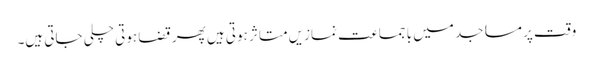
وقت پر مساجد میں با جماعت نمازیں متاثر ہوتی ہیں پھر قضا ہوتی چلی جاتی ہیں۔